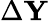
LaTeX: \Delta\mathbf Y